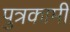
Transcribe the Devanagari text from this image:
पुत्रकामी